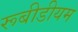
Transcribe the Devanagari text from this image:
रूबीडीयम